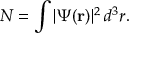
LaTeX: N = \int \vert \Psi ( \mathbf { r } ) \vert ^ { 2 } \, d ^ { 3 } r .